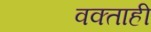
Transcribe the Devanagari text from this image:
वक्ताही